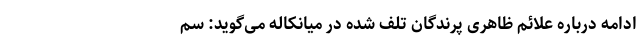
ادامه درباره علائم ظاهری پرندگان تلف شده در میانکاله می‌گوید: سم